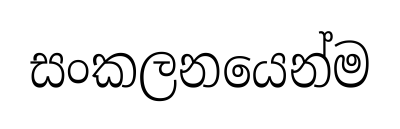
සංකලනයෙන්ම